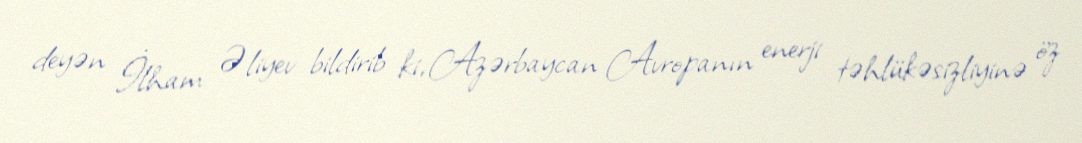
deyən İlham Əliyev bildirib ki, Azərbaycan Avropanın enerji təhlükəsizliyinə öz